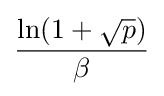
{\frac {\ln(1+{\sqrt {p}})}{\beta }}